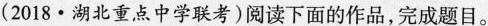
(2018·湖北重点中学联考)阅读下面的作品，完成题目。